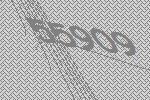
55909